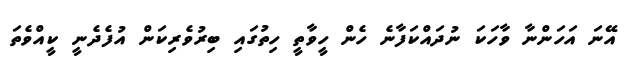
އޭނަ އަހަންނާ ވާހަކަ ނުދައްކަފާނެ ހެން ހީވާތީ ހިތުގައި ބިރުވެރިކަން އުފެދެނީ ކީއްވެތަ